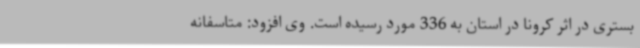
بستری در اثر کرونا در استان به 336 مورد رسیده است. وی افزود: متاسفانه